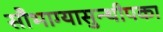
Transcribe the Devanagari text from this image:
सौभाग्यासुन्थीपका